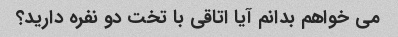
می خواهم بدانم آیا اتاقی با تخت دو نفره دارید؟